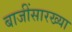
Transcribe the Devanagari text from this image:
बाजींसारख्या